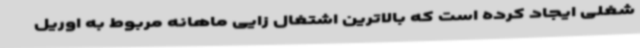
شغلی ایجاد کرده است که بالاترین اشتغال زایی ماهانه مربوط به اوریل